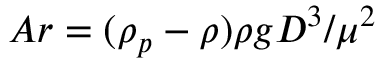
A r = ( \rho _ { p } - \rho ) \rho g D ^ { 3 } / \mu ^ { 2 }